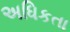
અધિકતા